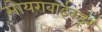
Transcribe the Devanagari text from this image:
सोयराबाईकडून